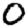
Digit: 0